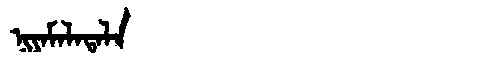
Manchu: ᠨᡳᠶᠠᠮᠠᠯᠠᡨᠠᠯᠠ
Romanization: NIYAMALATALA